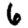
Digit: 6